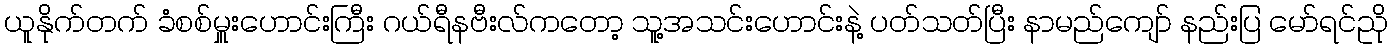
ယူနိုက်တက် ခံစစ်မှူးဟောင်းကြီး ဂယ်ရီနဗီးလ်ကတော့ သူ့အသင်းဟောင်းနဲ့ ပတ်သတ်ပြီး နာမည်ကျော် နည်းပြ မော်ရင်ညို